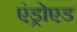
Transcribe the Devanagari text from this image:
एंड्रोएड